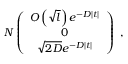
N \left( \begin{array} { c } { { { \cal { O } } \left( \sqrt { l } \right) e ^ { - D | t | } } } \\ { { 0 } } \\ { { \sqrt { 2 D } e ^ { - D | t | } } } \end{array} \right) ~ ,